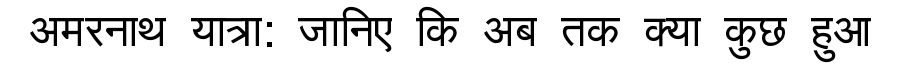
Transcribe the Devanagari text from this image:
अमरनाथ यात्रा: जानिए कि अब तक क्या कुछ हुआ